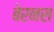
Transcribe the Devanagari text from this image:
बेरनस